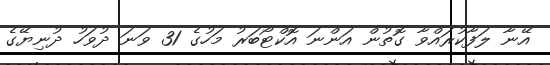
އޭނާ ލަފާކުރައްވާ ގޮތުން އަންނަ އޮކްޓޯބަރު މަހުގެ 31 ވަނަ ދުވަހު ދުނިޔޭގެ